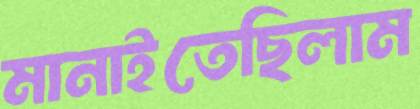
মানাইতেছিলাম